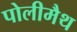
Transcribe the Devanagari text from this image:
पोलीमैथ